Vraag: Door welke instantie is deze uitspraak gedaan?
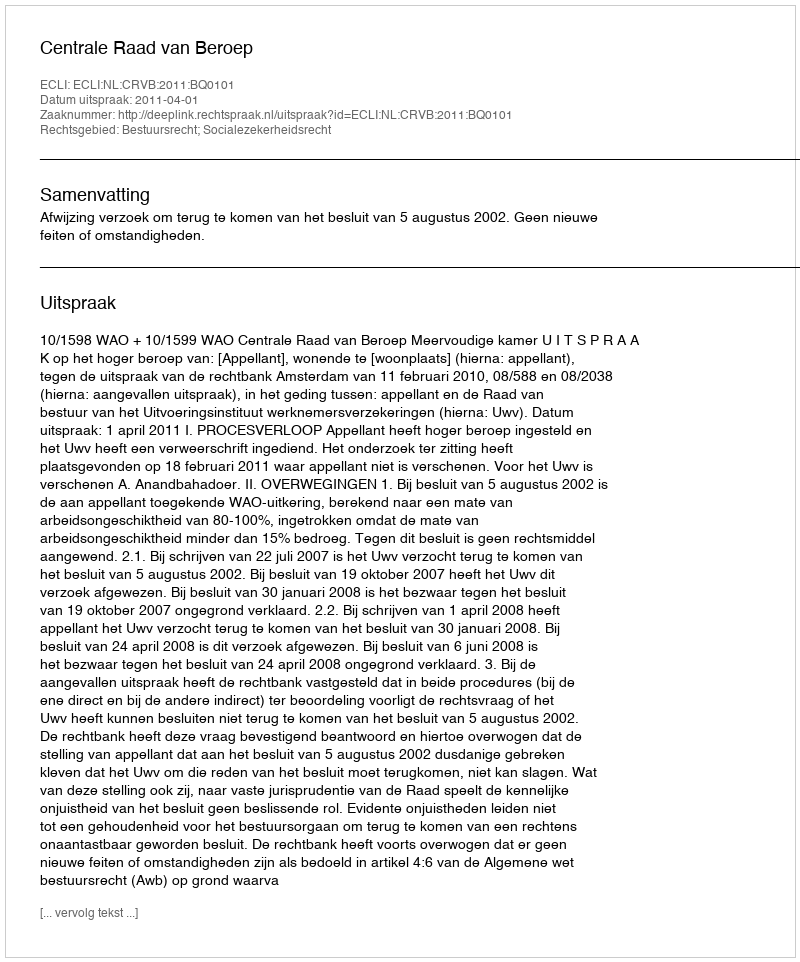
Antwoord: Centrale Raad van Beroep